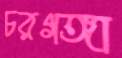
চরগঙ্গা